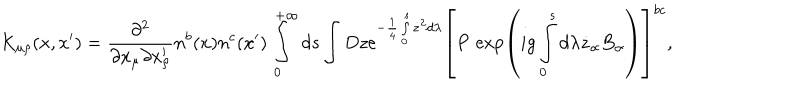
LaTeX: K _ { \mu \rho } ( x , x ^ { \prime } ) = \frac { \partial ^ { 2 } } { \partial x _ { \mu } \partial x _ { \rho } ^ { \prime } } n ^ { b } ( x ) n ^ { c } ( x ^ { \prime } ) \int _ { 0 } ^ { + \infty } d s \int D z \mathrm { e } ^ { - \frac 1 4 \int _ { 0 } ^ { s } \dot { z } ^ { 2 } d \lambda } \left[ P { \, } \exp \left( i g \int _ { 0 } ^ { s } d \lambda \dot { z } _ { \alpha } B _ { \alpha } \right) \right] ^ { b c } ,